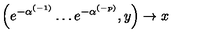
\left( e ^ { - \alpha ^ { ( - 1 ) } } \ldots e ^ { - \alpha ^ { ( - p ) } } , y \right) \rightarrow x